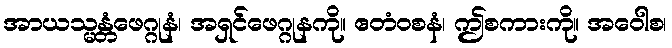
အာယသ္မန္တံဖေဂ္ဂုနံ၊ အရှင်ဖေဂ္ဂုနကို။ ဧတံဝစနံ၊ ဤစကားကို။ အဝေါစ၊